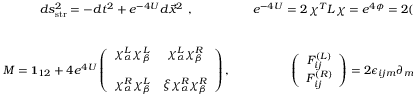
\begin{array} { c c c } { { d s _ { \mathrm { s t r } } ^ { 2 } = - d t ^ { 2 } + e ^ { - 4 U } d \vec { x } ^ { 2 } \ , } } & { { } } & { { e ^ { - 4 U } = 2 \, \chi ^ { T } L \chi = e ^ { 4 \phi } = 2 ( | \vec { \chi } ^ { R } | ^ { 2 } - | \vec { \chi } ^ { L } | ^ { 2 } ) \ , } } \\ { { \nonumber } } \\ { { \nonumber } } \\ { { { \cal M } = { \bf 1 } _ { 1 2 } + 4 e ^ { 4 U } \left( \begin{array} { c c } { { \chi _ { \alpha } ^ { L } \chi _ { \beta } ^ { L } } } & { { \chi _ { \alpha } ^ { L } \chi _ { \beta } ^ { R } } } \\ { { \nonumber } } \\ { { \chi _ { \alpha } ^ { R } \chi _ { \beta } ^ { L } } } & { { \xi \chi _ { \alpha } ^ { R } \chi _ { \beta } ^ { R } } } \end{array} \right) , } } & { { } } & { { \left( \begin{array} { c } { { F _ { i j } ^ { ( L ) } } } \\ { { F _ { i j } ^ { ( R ) } } } \end{array} \right) = 2 \epsilon _ { i j m } \partial _ { m } \left( \begin{array} { c } { { \vec { \chi } ^ { L } } } \\ { { \vec { \chi } ^ { R } } } \end{array} \right) } } \end{array}